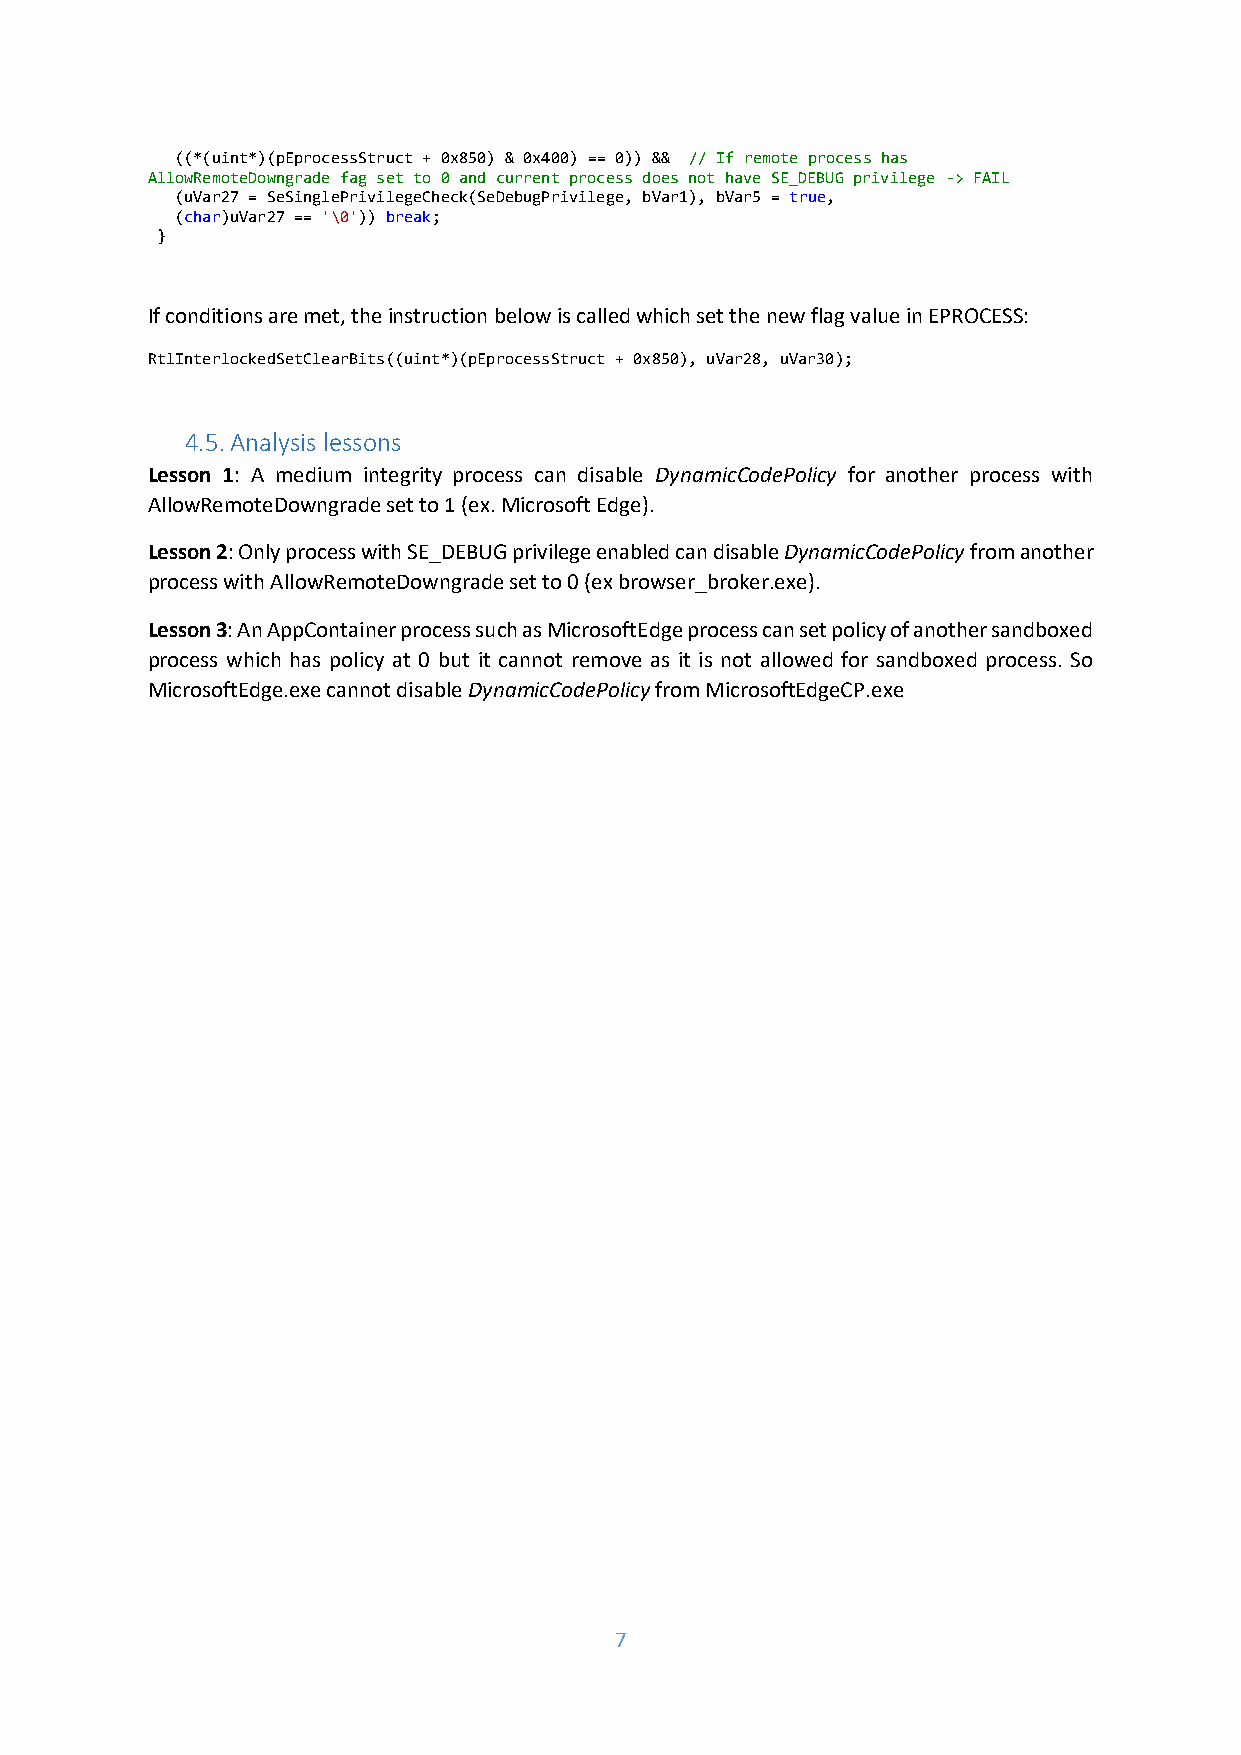
((*(uint*)(pEprocessStruct + 0x850) & 0x400) == 0)) && // If remote process has
 AllowRemoteDowngrade fag set to 0 and current process does not have SE_DEBUG privilege -> FAIL
 (uVar27 = SeSinglePrivilegeCheck(SeDebugPrivilege, bVar1), bVar5 = true,
 (char)uVar27 == '\0')) break;
 }
 If conditions are met, the instruction below is called which set the new flag value in EPROCESS:
 RtlInterlockedSetClearBits((uint*)(pEprocessStruct + 0x850), uVar28, uVar30);
 4.5. Analysis lessons
 Lesson 1: A medium integrity process can disable DynamicCodePolicy for another process with
 AllowRemoteDowngrade set to 1 (ex. Microsoft Edge).
 Lesson 2: Only process with SE_DEBUG privilege enabled can disable DynamicCodePolicy from another
 process with AllowRemoteDowngrade set to 0 (ex browser_broker.exe).
 Lesson 3: An AppContainer process such as MicrosoftEdge process can set policy of another sandboxed
 process which has policy at 0 but it cannot remove as it is not allowed for sandboxed process. So
 MicrosoftEdge.exe cannot disable DynamicCodePolicy from MicrosoftEdgeCP.exe
 7